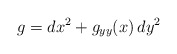
\begin{align*}g = dx^2 + g_{yy}(x) \,dy^2\end{align*}